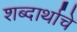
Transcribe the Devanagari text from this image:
शब्दार्थाचे